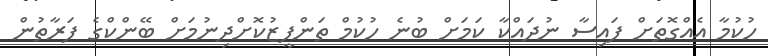
ހުކުމާ އެއްގޮތަށް ފައިސާ ނުދައްކާ ކަމަށް ބުނެ ހުކުމް ތަންފީޒުކޮށްދިނުމަށް ބޭންކްގެ ފަރާތުން